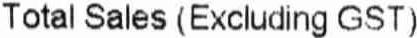
TOTAL SALES (EXCLUDING GST)